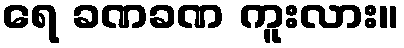
ရေ ခဏခဏ ကူးလား။